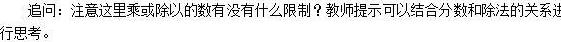
追问：注意这里乘或除以的数有没有什么限制？教师提示：可以结合分数和除法的关系进行思考。